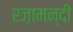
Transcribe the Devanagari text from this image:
रज़ामन्दी